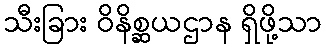
သီးခြား ဝိနိစ္ဆယဌာန ရှိဖို့သာ